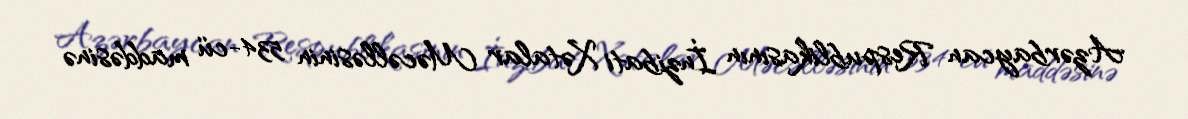
Azərbaycan Respublikasının İnzibati Xətalar Məcəlləsinin 534-cü maddəsinə